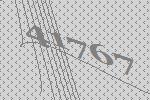
41767